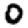
Digit: 0